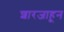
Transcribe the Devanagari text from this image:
शारजाहून